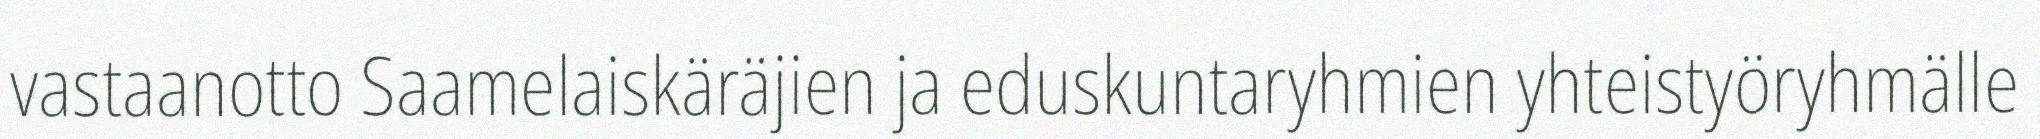
vastaanotto Saamelaiskäräjien ja eduskuntaryhmien yhteistyöryhmälle